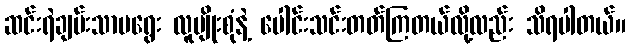
ဆင်းရဲချမ်းသာမရွေး လူမျိုးစုံနဲ့ ပေါင်းသင်းတတ်ကြတယ်လို့လည်း သိရပါတယ်။